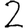
Digit: 2